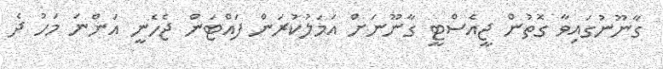
ގާނޫނުގައިވާ ގޮތުން ޖީއެސްޓީ ގާނޫނަށް އަމަލުކުރަން ފައްޓަން ޖެހެނީ އަންނަ މަހު ދެ